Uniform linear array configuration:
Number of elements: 48
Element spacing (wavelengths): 0.75
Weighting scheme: hann
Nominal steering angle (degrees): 15
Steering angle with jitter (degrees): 13.099
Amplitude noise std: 0.05
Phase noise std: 0.05

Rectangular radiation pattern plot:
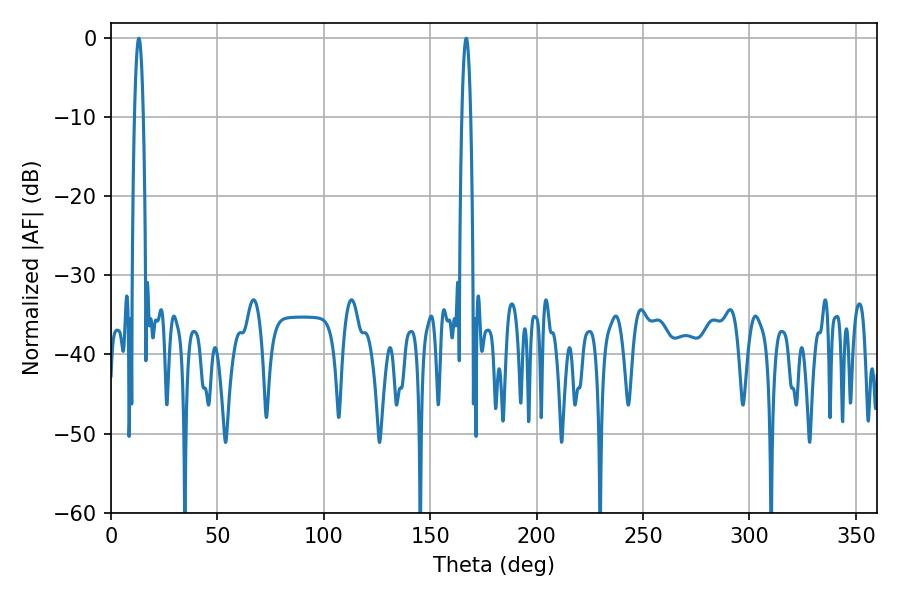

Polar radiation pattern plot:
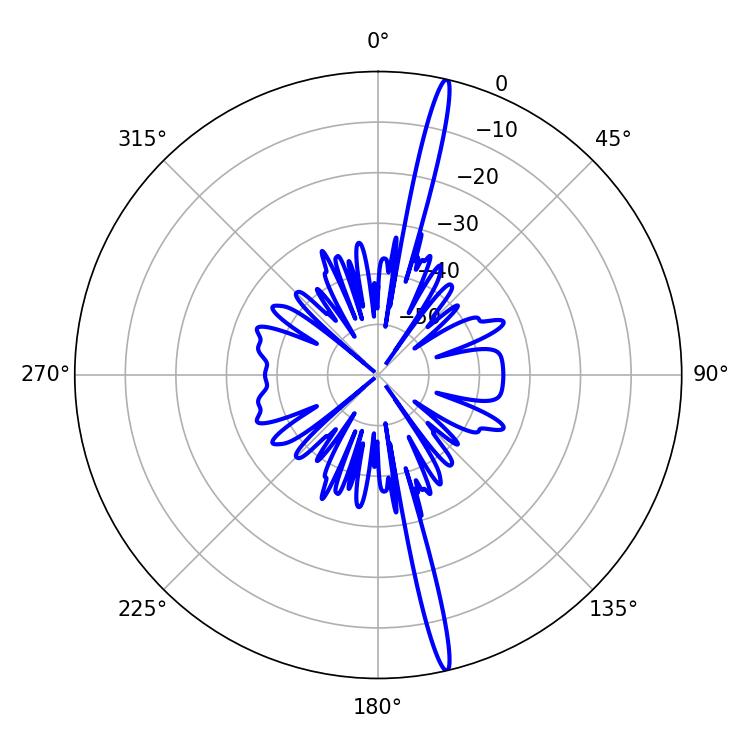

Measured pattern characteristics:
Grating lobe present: TRUE
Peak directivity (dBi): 20.047
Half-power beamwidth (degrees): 2.16
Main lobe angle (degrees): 13.14